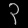
Digit: ၃